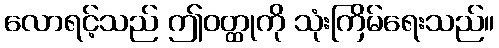
လောရင့်သည် ဤဝတ္ထုကို သုံးကြိမ်ရေးသည်။